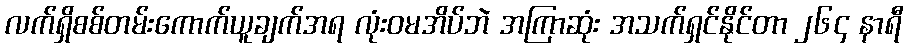
လက်ရှိစစ်တမ်းကောက်ယူချက်အရ လုံးဝမအိပ်ဘဲ အကြာဆုံး အသက်ရှင်နိုင်တာ ၂၆၄ နာရီ